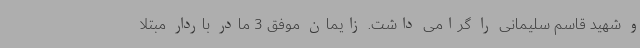
و شهید قاسم سلیمانی را گرامی داشت. زایمان موفق 3 مادر باردار مبتلا